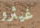
غيثرو